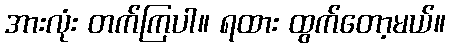
အားလုံး တက်ကြပါ။ ရထား ထွက်တော့မယ်။